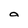
Character: o